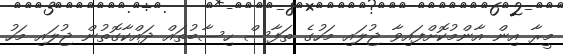
މީރާ އިން އާންމުކޮށްފައިވާ ޖުލައި މަހުގެ ތަފާސް ހިސާބުތައް ދައްކާގޮތުން ޖުލައި މަހު